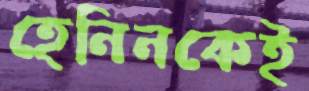
হেনিনকেই